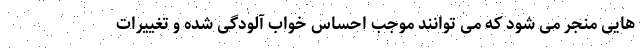
هایی منجر می شود که می توانند موجب احساس خواب آلودگی شده و تغییرات